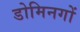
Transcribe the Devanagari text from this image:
डोमिनगों